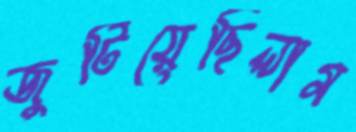
জুটিয়েছিলাম